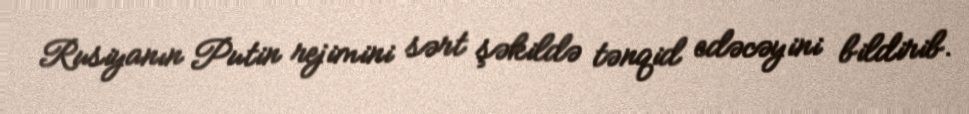
Rusiyanın Putin rejimini sərt şəkildə tənqid edəcəyini bildirib.